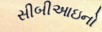
સીબીઆઇનો